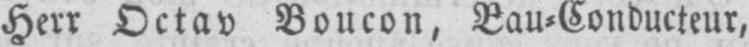
Herr Octav Boucon, Bau⸗Conducteur,